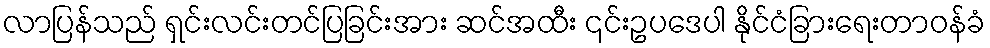
လာပြန်သည် ရှင်းလင်းတင်ပြခြင်းအား ဆင်အထီး ၎င်းဥပဒေပါ နိုင်ငံခြားရေးတာဝန်ခံ